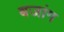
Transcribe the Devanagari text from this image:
बजांग